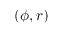
( \phi , r )